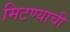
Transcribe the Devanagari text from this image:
मिटण्याची